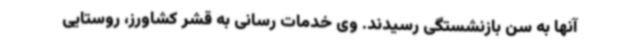
آنها به سن بازنشستگی رسیدند. وی خدمات رسانی به قشر کشاورز، روستایی